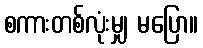
စကားတစ်လုံးမျှ မပြော။